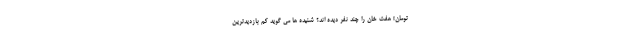
تومان! هفت خان را چند نفر دیده اند؟ شنیده ها می گوید کم بازدیدترین